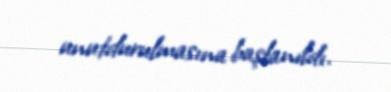
unutdurulmasına başlanıldı.